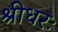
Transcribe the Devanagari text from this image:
श्रीधरः